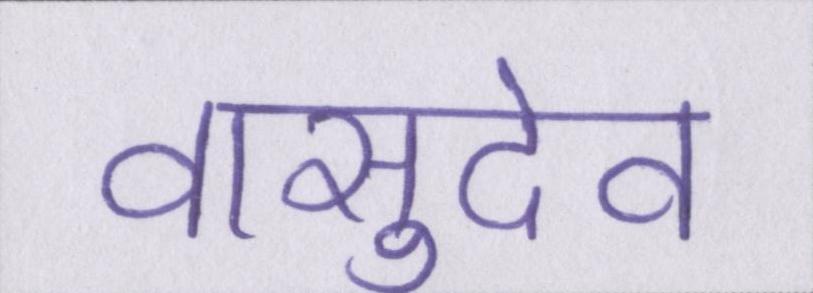
वासुदेव